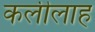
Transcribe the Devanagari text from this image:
कलीलाह